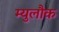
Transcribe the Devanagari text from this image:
म्युलौक